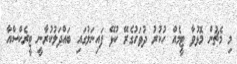
މި މެޗުން މޮޅުވާ ޓީމެއް ހުކުރު ދުވަހުގެރޭ ކުޅޭ ފައިނަލުގައި ބައްދަލުކުރާނީ ޓީރެކްސްއާ